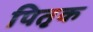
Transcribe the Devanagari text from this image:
पितृक